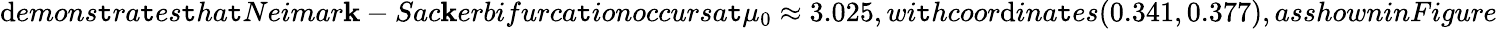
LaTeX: \mathrm{d}emons\mathtt{t}ra\mathtt{t}es\mathtt{t}ha\mathtt{t}Neimar\mathbf{k}-Sac\mathbf{k}erbifurca\mathtt{t}ionoccursa\mathtt{t}\mu_{0}\approx3.025,wi\mathtt{t}hcoor\mathrm{d}ina\mathtt{t}es(0.341,0.377),asshowninFigure